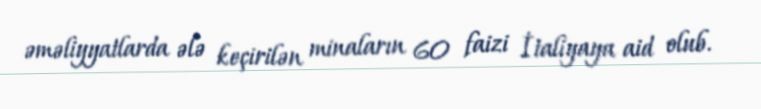
əməliyyatlarda ələ keçirilən minaların 60 faizi İtaliyaya aid olub.